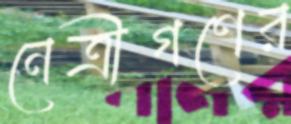
নেত্রীগণের